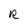
Character: R